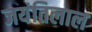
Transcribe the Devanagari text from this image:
जयंतिलाल